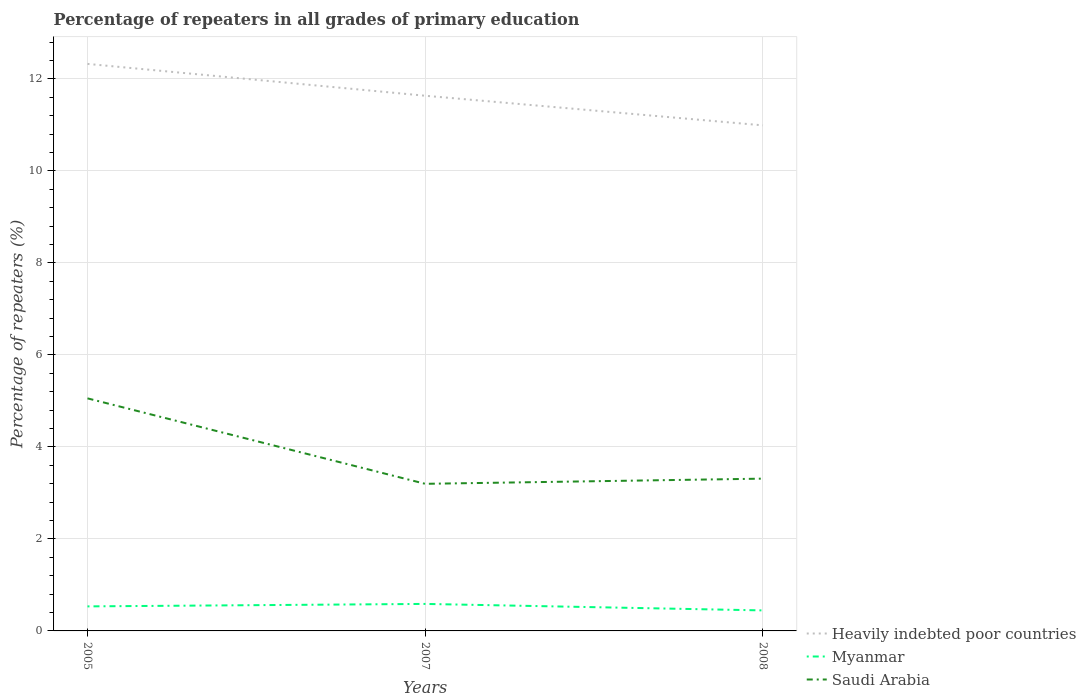
| Years | Heavily indebted poor countries | Myanmar | Saudi Arabia |
 | --- | --- | --- | --- |
 | 2005 | 12.3 | 0.533 | 5.06 |
 | 2007 | 11.6 | 0.587 | 3.2 |
 | 2008 | 11 | 0.446 | 3.31 |